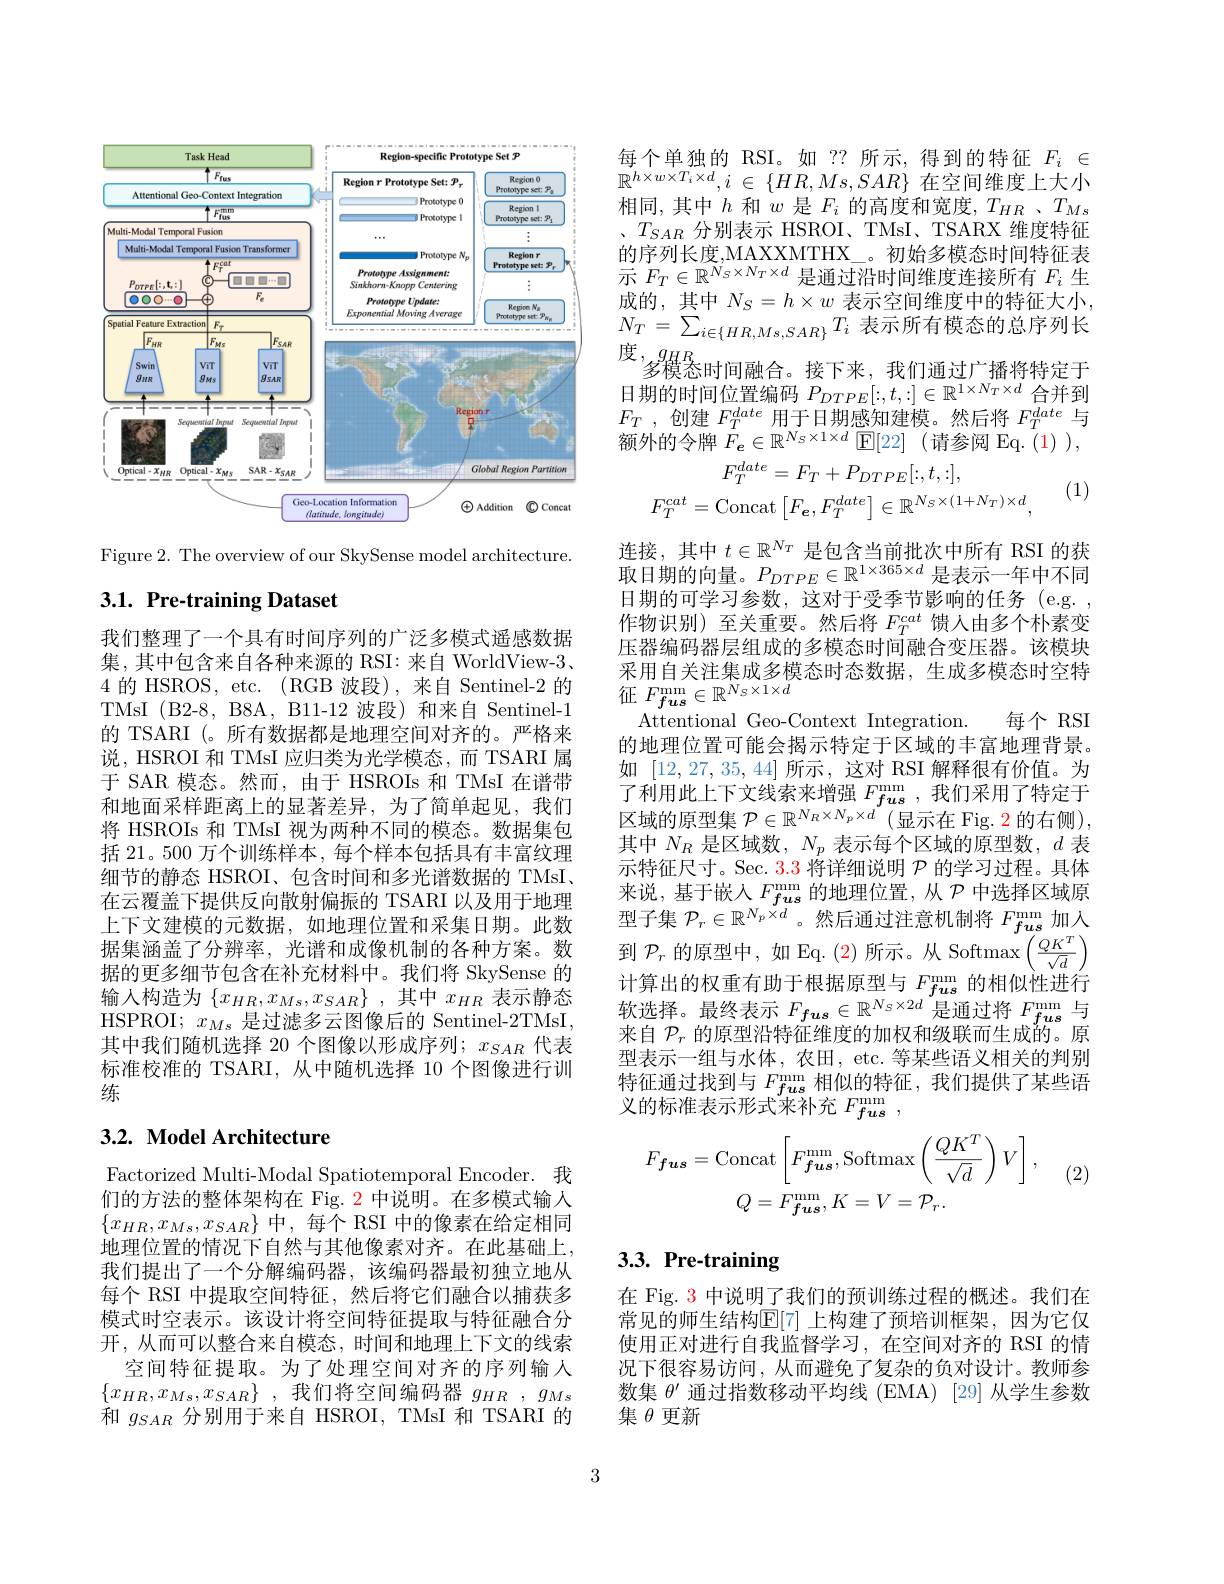
<FigureHere>

Figure 2. The overview of our SkySense model architecture.

## 3.1. Pre-training Dataset

我们整理了一个具有时间序列的广泛多模式遥感数据集，其中包含来自各种来源的 RSI: 来自 WorldView-3. 4的 HSROS, etc. (RGB 波段),来自 Sentinel-2 的TMsI (B2-8,B8A,B11-12 波段)和来自 Sentinel-1的 TSARI (。所有数据都是地理空间对齐的。严格来说，HSROI 和 TMsI 应归类为光学模态，而 TSARI 属于 SAR 模态。然而，由于 HSROIs 和 TMsI 在谱带和地面采样距离上的显著差异，为了简单起见，我们将 HSROIs 和 TMsI 视为两种不同的模态。数据集包括 21。500 万个训练样本 , 每个样本包括具有丰富纹理细节的静态 HSROI、包含时间和多光谱数据的 TMsI、 在云覆盖下提供反向散射偏振的 TSARI 以及用于地理上下文建模的元数据，如地理位置和采集日期。此数据集涵盖了分辨率，光谱和成像机制的各种方案。数据的更多细节包含在补充材料中。我们将 SkySense 的输入构造为$\{ x_{HR}, x_{Ms}, x_{SAR}\}$ ,其中$x_{HR}$表示静态HSPROI; $x_Ms$是过滤多云图像后的 Sentinel-2TMsI, 其中我们随机选择 20 个图像以形成序列；$x_SAR$代表标准校准的 TSARI,从中随机选择 10 个图像进行训练

## 3.2. Model Architecture

Factorized Multi-Modal Spatiotemporal Encoder. 我们的方法的整体架构在 Fig. $\color{red}{2}$中说明。在多模式输人$\{x_{HR},x_{Ms},x_{SAR}\}$ 中，每个 RSI 中的像素在给定相同地理位置的情况下自然与其他像素对齐。在此基础上， 我们提出了一个分解编码器，该编码器最初独立地从每个 RSI 中提取空间特征，然后将它们融合以捕获多模式时空表示。该设计将空间特征提取与特征融合分开，从而可以整合来自模态，时间和地理上下文的线索
空间特征提取。为了处理空间对齐的序列输人$\{ x_{HR}, x_{Ms}, x_{SAR}\}$ ,我们将空间编码器 $g_HR$ , $g_{Ms}$ 和$g_{SAR}$分别用于来自 HSROI, TMsI 和 TSARI 的

每个单独的 RSI。如 ?? 所示，得到的特征$F_i\in$ $\mathbb{R} ^{h\times w\times T_i\times d}, i$ $\in$ $\{ HR, Ms, SAR\}$在空间维度上大小相同，其中$h$和$w$是$F_i$的高度和宽度$,T_HR$ 、$T_Ms$ 、$T_{SAR}$分别表示 HSROI、TMsI、TSARX 维度特征的序列长度，MAXXMTHX\_。初始多模态时间特征表示$F_T\in\mathbb{R}^{N_S\times N_T\times d}$是通过沿时间维度连接所有$F_i$生成的，其中$N_S=h\times w$表示空间维度中的特征大小， $N_{T}= \sum _{i\in \{ HR, Ms, SAR\} }T_{i}$ 表 示 所 有 模 态 的 总 序 列 长 度 , $g_{HR}$ 多 横 态 时 间 融 合 。接 下 来 , 我 们 通 过 广 播 将 特 定 于 日 期 的 时 间 位 置 编 码 $P_{DTPE}[ : , t, : ] \in \mathbb{R} ^{1\times N_T\times d}$ 合 并 到$F_T$ ,创建$F_T^{date}$用于日期感知建模。然后将$F_T^{date}$与额外的令牌$F_e\in\mathbb{R}^{N_S\times1\times d}$ E[22] (请参阅 Eq. (1)),
$$F_{T}^{date}=F_{T}+P_{DTPE}[:,t,:],\\F_{T}^{cat}=\mathrm{Concat}\left[F_{e},F_{T}^{date}\right]\in\mathbb{R}^{N_{S}\times(1+N_{T})\times d},$$
(1)

Attentional Geo-Context Integration. 每个 RSI 的地理位置可能会揭示特定于区域的丰富地理背景。

连接，其中$t\in\mathbb{R}^N_T$是包含当前批次中所有 RSI 的获取日期的向量。$P_DTPE\in\mathbb{R}^{1\times365\times d}$是表示一年中不同日期的可学习参数，这对于受季节影响的任务(e.g. , 作物识别)至关重要。然后将$F_T^{cat}$馈人由多个朴素变压器编码器层组成的多模态时间融合变压器。该模块采用自关注集成多模态时态数据，生成多模态时空特征$F_{\boldsymbol{fus}}^{\mathrm{mm}}\in\mathbb{R}^{N_{S}\times1\times d}$
如[12,27,35,44]所示，这对 RSI 解释很有价值。为了利用此上下文线索来增强$F_{\boldsymbol{fus}}^\mathrm{mm}$,我们采用了特定于区域的原型集$\mathcal{P} \in \mathbb{R} ^{N_R\times N_p\times d}\left ( \text{显 示 在 Fig. 2 的 右 侧 }\right ) $, 其中$N_R$是区域数，$N_p$表示每个区域的原型数，$d$表示特征尺寸。Sec. 3.3 将详细说明$\mathcal{P}$的学习过程。具体来说，基于嵌人$F_{\boldsymbol{fus}}^\mathrm{mm}$的地理位置，从$\mathcal{P}$中选择区域原型子集$\mathcal{P}_r\in\mathbb{R}^{N_p\times d}$。然后通过注意机制将$F_fus^\mathrm{mm}$加入到$\mathcal{P}_r$的原型中，如 Eq. (2)所示。从 Softmax$\left(\frac{QK^T}{\sqrt{d}}\right)$ 计算出的权重有助于根据原型与$F_{\boldsymbol{fus}}^\mathrm{mm}$的相似性进行软选择。最终表示$F_{fus}\in\mathbb{R}^{N_S\times2d}$是通过将$F_{fus}^\mathrm{mm}$与来自$\mathcal{P}_r$的原型沿特征维度的加权和级联而生成的。原型表示一组与水体，农田，etc. 等某些语义相关的判别特征通过找到与$F_{fus}^\mathrm{mm}$相似的特征，我们提供了某些语义的标准表示形式来补充$F_fus^\mathrm{mm}$,
$$F_{\boldsymbol{fus}}=\mathrm{Concat}\left[F_{\boldsymbol{fus}}^{\mathrm{mm}},\mathrm{Softmax}\left(\frac{QK^{T}}{\sqrt{d}}\right)V\right],\\Q=F_{\boldsymbol{fus}}^{\mathrm{mm}},K=V=\mathcal{P}_{r}.$$
(2

# 3.3. Pre-training

在 Fig. 3 中说明了我们的预训练过程的概述。我们在常见的师生结构$\mathbb{E}[7]$ 上构建了预培训框架，因为它仅使用正对进行自我监督学习，在空间对齐的 RSI 的情况下很容易访问，从而避免了复杂的负对设计。教师参数集$\theta^{\prime}$通过指数移动平均线 (EMA) [29] 从学生参数集$\theta$更新

3